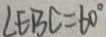
\angle E B C = 6 0 ^ { \circ }